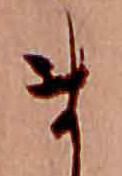
ま